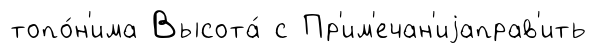
топо́н'има Высота́ с Пр'им'ечан'иjаправ'ить